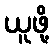
ယူဖို့